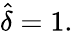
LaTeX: {\widehat{\delta}}=1.